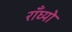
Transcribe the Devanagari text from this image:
राँघ्यो